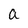
Character: a